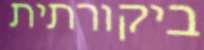
ביקורתית